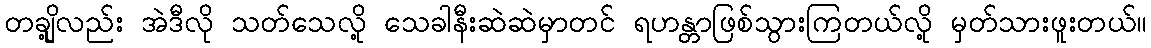
တချို့လည်း အဲဒီလို သတ်သေလို့ သေခါနီးဆဲဆဲမှာတင် ရဟန္တာဖြစ်သွားကြတယ်လို့ မှတ်သားဖူးတယ်။